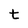
Character: t